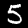
Label: 5